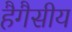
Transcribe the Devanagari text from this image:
हैगैसीय